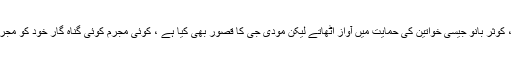
کاش مودی ذکیہ جعفری، کوثر بانو جیسی خواتین کی حمایت میں آواز اٹھاتے لیکن مودی جی کا قصور بھی کیا ہے ، کوئی مجرم کوئی گناہ گار خود کو مجرم اور گناہ گار نہیں کہتا۔